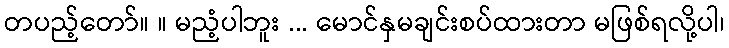
တပည့်တော်။ ။ မညံ့ပါဘူး ... မောင်နှမချင်းစပ်ထားတာ မဖြစ်ရလို့ပါ၊